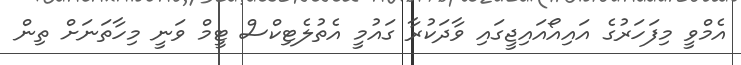
އެމްވީ މިފަހަރުގެ އައިއޯއައިޖީގައި ވާދަކުރާ ގައުމީ އެތުލެޓިކްސް ޓީމް ވަނީ މިހާތަނަށް ތިން